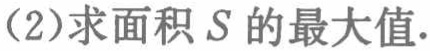
(2)求面积\(S\)的最大值.